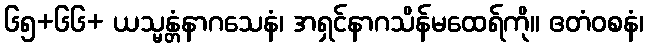
၆၅+၆၆+ ယသ္မန္တံနာဂသေနံ၊ အရှင်နာဂသိန်မထေရ်ကို။ ဧတံဝစနံ၊